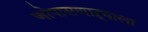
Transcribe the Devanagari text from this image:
जोपासणाऱ्याला